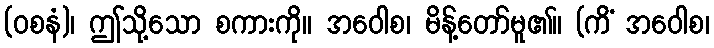
(ဝစနံ)၊ ဤသို့သော စကားကို။ အဝေါစ၊ မိန့်တော်မူ၏။ (ကိံ အဝေါစ၊